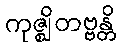
ကုဇ္ဈိတဗ္ဗန္တိ